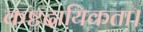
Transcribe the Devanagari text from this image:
कष्टदायिकता।